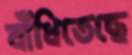
বাঁধিতেছে